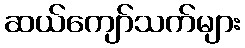
ဆယ်ကျော်သက်များ